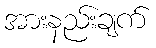
အားနည်းချက်